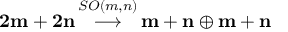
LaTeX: { \bf { 2 m + 2 n } } \, { \stackrel { S O ( m , n ) } { \longrightarrow } } \, { \bf { m + n } } \oplus { \bf { m + n } }